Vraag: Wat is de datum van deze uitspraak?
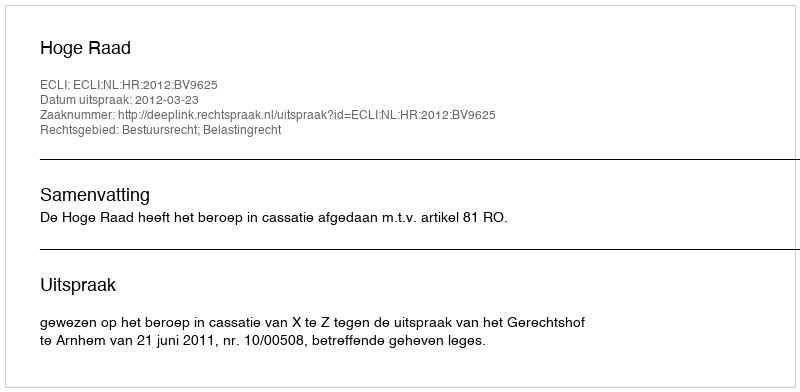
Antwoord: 2012-03-23